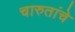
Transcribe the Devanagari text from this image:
चारुतांचे